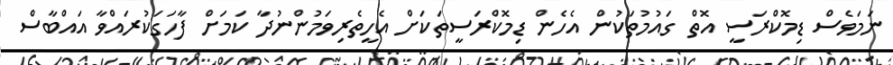
ނަމަވެސް ޑިމޮކްރަސީ އޮތް ގައުމުތަކުން އެހެން ޑިމޮކްރަސީތަކަށް އެހީތެރިވަމުންނުދާ ކަމަށް ފާހަގަކުރައްވާ އައްބާސް